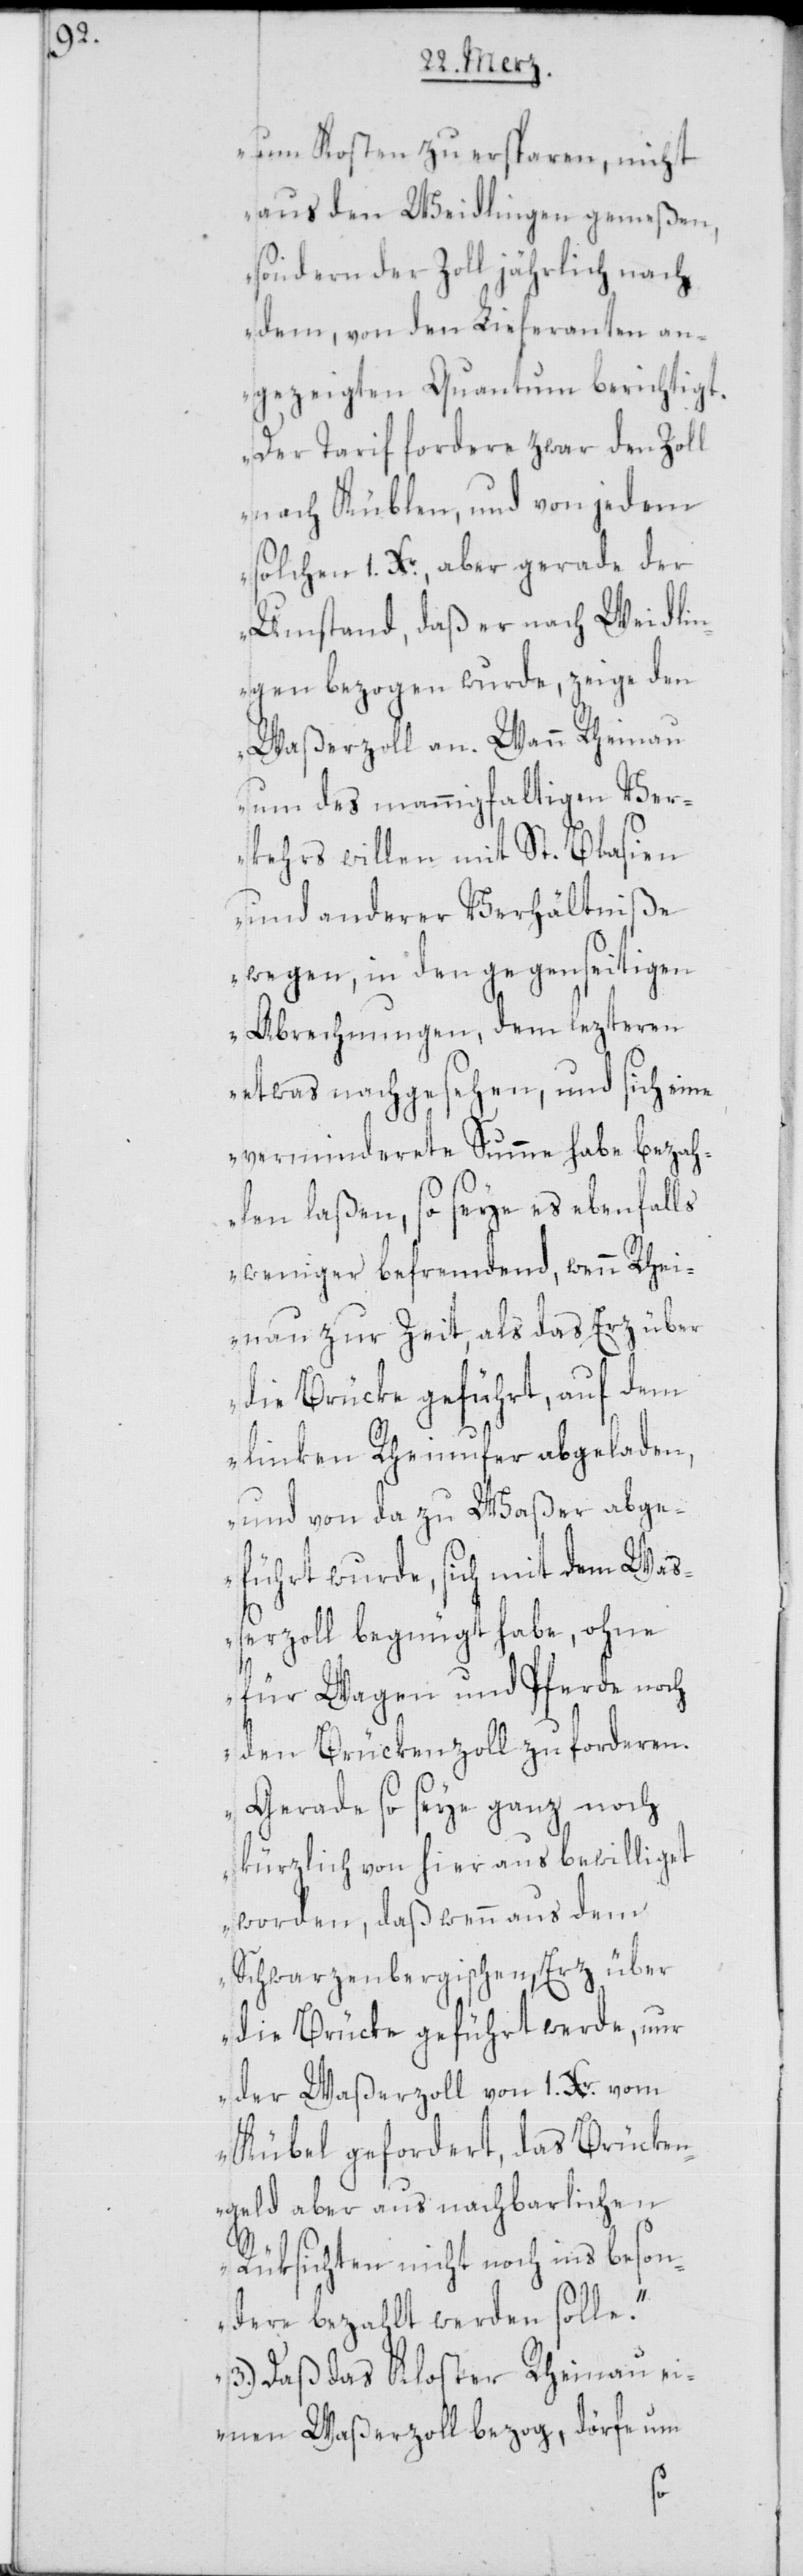
um Kosten zu ersparen, nicht
aus den Weidlingen gemeßen,
sondern der Zoll jährlich nach
dem, von den Lieferanten an¬
gezeigten Quantum berichtigt.
Der Tarif fordere zwar den Zoll
nach Küblen, und von jedem
solchen 1. Xr., aber gerade der
Umstand, daß er nach Weidli¬
ngen bezogen wurde, zeige den
Waßerzoll an. Wann Rheinau
um des mannigfaltigen Ver¬
kehrs willen mit St. Blasien
und anderer Verhältniße
wegen, in den gegenseitigen
Abrechnungen, dem lezteren
etwas nachgesehen, und sich eine
verminderete Summe habe bezah¬
len laßen, so seye es ebenfalls
weniger befremdend, wenn Rhei¬
nau zur Zeit, als das Erz über
die Brücke geführt, auf dem
linken Rheinufer abgeladen,
und von da zu Waßer abge¬
führt wurde, sich mit dem Waß¬
erzoll begnügt habe, ohne
für Wagen und Pferde noch
den Brückenzoll zu forderen.
Gerade so seye ganz noch
kürzlich von hier aus bewilliget
worden, daß wenn aus dem
Schwarzenbergischen Erz über
die Brücke geführt werde, nur
der Waßerzoll von 1. Xr. vom
Kübel gefordert, das Brücken¬
geld aber aus nachbarlichen
Rüksichten nicht noch ins beson¬
dere bezahlt werden solle.
3.) Daß das Kloster Rheinau ein¬
en Waßerzoll bezog, dörfe um